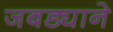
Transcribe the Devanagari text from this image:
जबड्याने